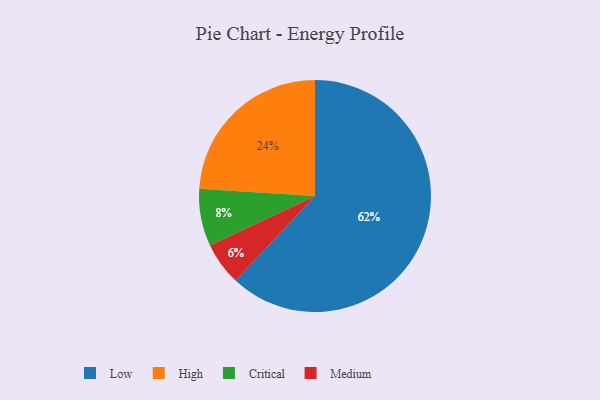
{"axis": {"x": "Category", "y": "Percentage"}, "legend": ["Critical", "High", "Low", "Medium"], "data": [{"x": "Medium", "y": 6, "type": "Medium"}, {"x": "Critical", "y": 8, "type": "Critical"}, {"x": "High", "y": 24, "type": "High"}, {"x": "Low", "y": 62, "type": "Low"}]}